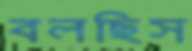
বলছিস